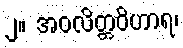
၂။ အဝလိတ္တဝိဟာရ၊